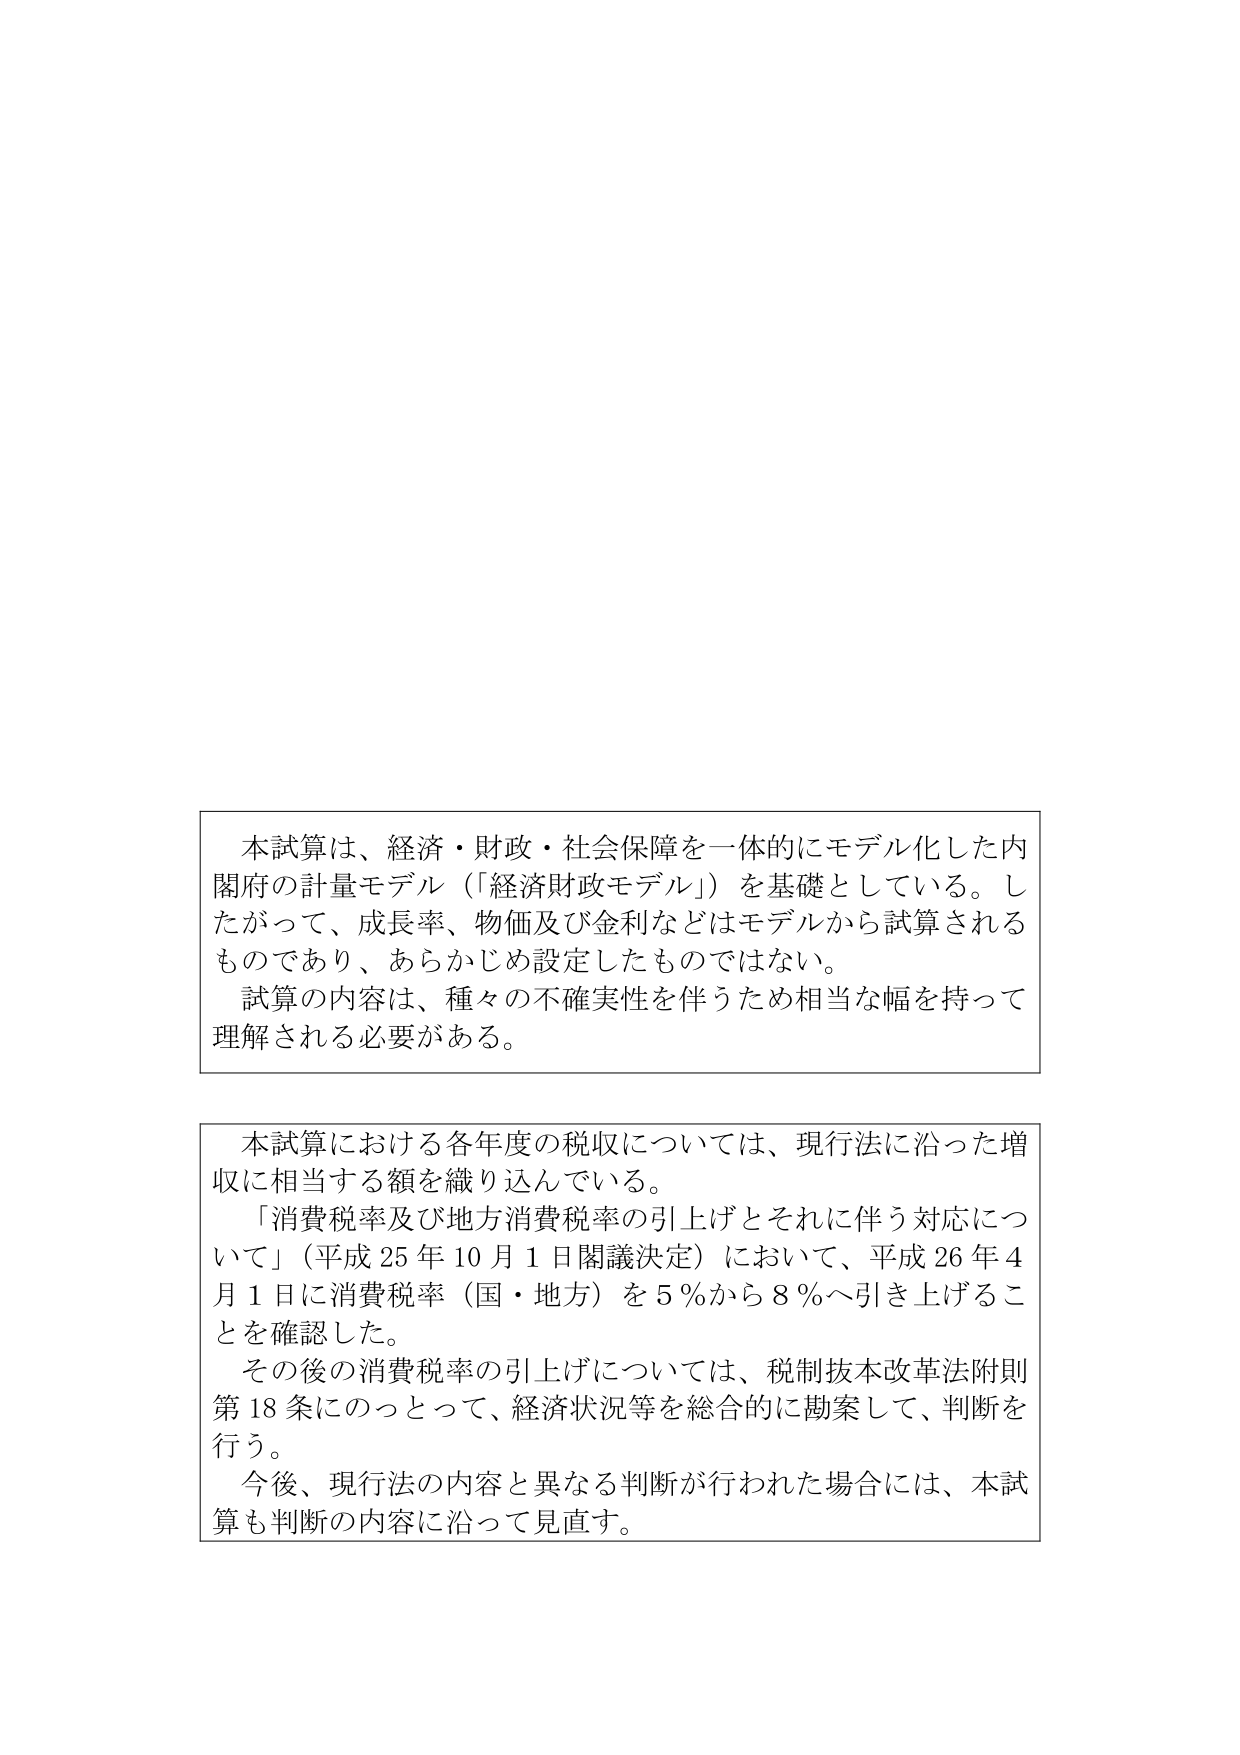
本試算は、経済・財政・社会保障を一体的にモデル化した内閣府の計量モデル（「経済財政モデル」）を基礎としている。したがって、成長率、物価及び金利などはモデルから試算されるものであり、あらかじめ設定したものではない。
試算の内容は、種々の不確実性を伴うため相当な幅を持って理解される必要がある。

本試算における各年度の税収については、現行法に沿った増収に相当する額を織り込んでいる。
「消費税率及び地方消費税率の引上げとそれに伴う対応について」（平成25年10月1日閣議決定）において、平成26年4月1日に消費税率（国・地方）を5％から8％へ引き上げることを確認した。
その後の消費税率の引上げについては、税制抜本改革法附則第18条にのっとって、経済状況等を総合的に勘案して、判断を行う。
今後、現行法の内容と異なる判断が行われた場合には、本試算も判断の内容に沿って見直す。